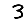
Digit: 3